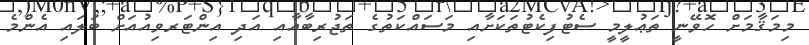
މިމަޤާމަށް ހޮވޭނީ ތަޢުލީމީ ސެޓުފިކެޓުތަކަށާއި މަސައްކަތުގެ ތަޖުރިބާއާއި އަދި އިންޓަރވިއުއަށް ބަލައި އެންމެ